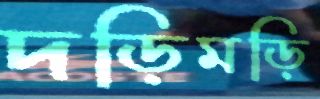
দড়িমড়ি